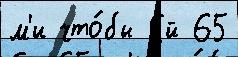
м'и что́бы Ей 65